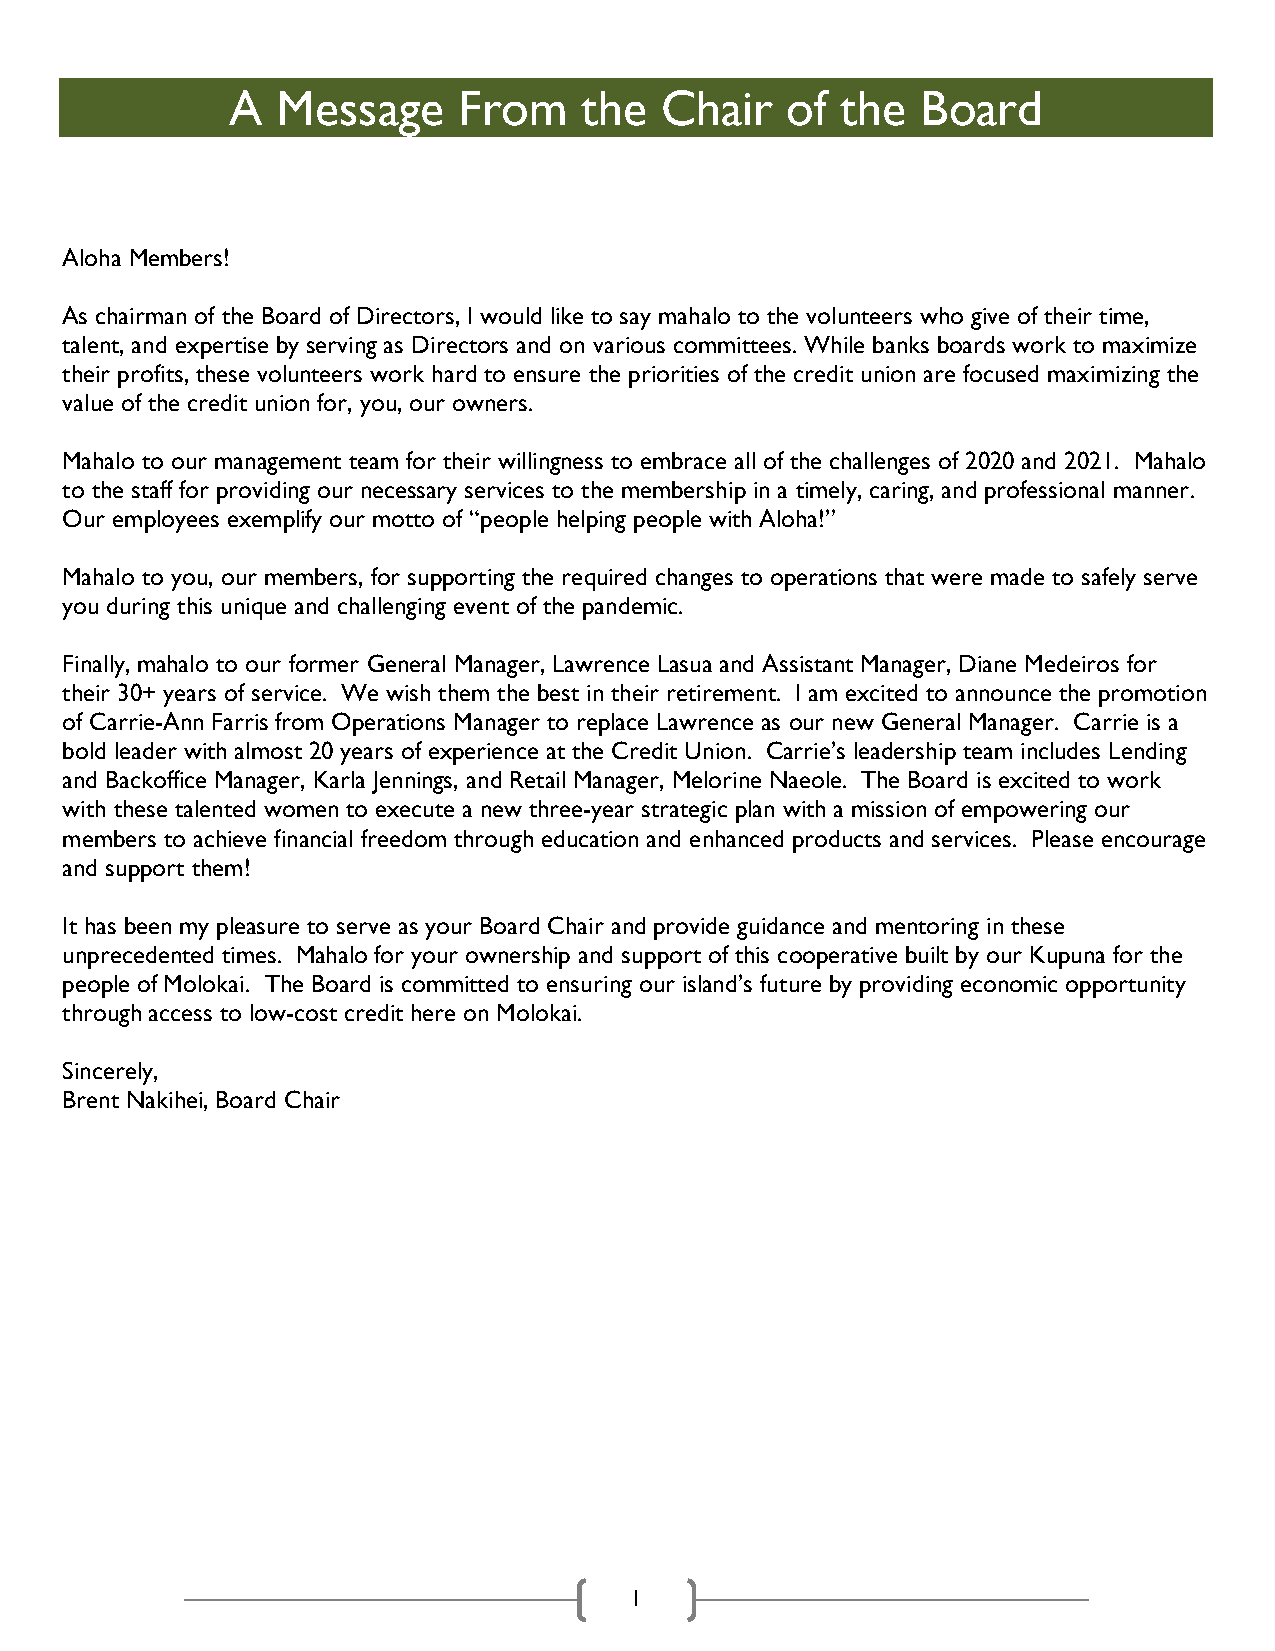
A  Message     From    the   Chair   of  the  Board
 Aloha Members!
 As chairman of the Board of Directors, I would like to say mahalo to the volunteers who give of their time,
 talent, and expertise by serving as Directors and on various committees. While banks boards work to maximize
 their profits, these volunteers work hard to ensure the priorities of the credit union are focused maximizing the
 value of the credit union for, you, our owners.
 Mahalo to our management team for their willingness to embrace all of the challenges of 2020 and 2021. Mahalo
 to the staff for providing our necessary services to the membership in a timely, caring, and professional manner.
 Our employees exemplify our motto of “people helping people with Aloha!”
 Mahalo to you, our members, for supporting the required changes to operations that were made to safely serve
 you during this unique and challenging event of the pandemic.
 Finally, mahalo to our former General Manager, Lawrence Lasua and Assistant Manager, Diane Medeiros for
 their 30+ years of service. We wish them the best in their retirement. I am excited to announce the promotion
 of Carrie-Ann Farris from Operations Manager to replace Lawrence as our new General Manager. Carrie is a
 bold leader with almost 20 years of experience at the Credit Union. Carrie’s leadership team includes Lending
 and Backoffice Manager, Karla Jennings, and Retail Manager, Melorine Naeole. The Board is excited to work
 with these talented women to execute a new three-year strategic plan with a mission of empowering our
 members to achieve financial freedom through education and enhanced products and services. Please encourage
 and support them!
 It has been my pleasure to serve as your Board Chair and provide guidance and mentoring in these
 unprecedented times. Mahalo for your ownership and support of this cooperative built by our Kupuna for the
 people of Molokai. The Board is committed to ensuring our island’s future by providing economic opportunity
 through access to low-cost credit here on Molokai.
 Sincerely,
 Brent Nakihei, Board Chair
 1